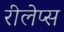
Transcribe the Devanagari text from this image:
रीलेप्स